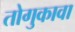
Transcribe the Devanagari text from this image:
तोगुकावा